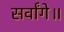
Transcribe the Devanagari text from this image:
सर्वांगे॥